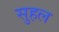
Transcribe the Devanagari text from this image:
सुहल